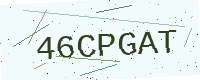
Text: 46CPGAT